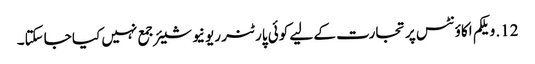
12. ویلکم اکاؤنٹس پر تجارت کے لیے کوئی پارٹنر ریونیو شیئر جمع نہیں کیا جاسکتا۔